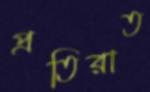
প্রতিরাত